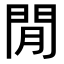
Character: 閒